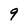
Character: 9